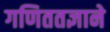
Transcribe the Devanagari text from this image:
गणिततज्ञाने